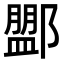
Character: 𨞞